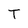
Character: T